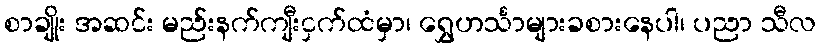
စာချိုး အဆင်း မည်းနက်ကျီးငှက်ထံမှာ၊ ရွှေဟင်္သာများခစားနေပါ၊ ပညာ သီလ